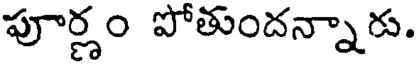
పూర్ణం పోతుందన్నారు.